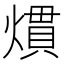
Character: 𤎽